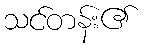
သင်တန်း၏